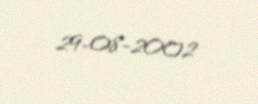
29-08-2002